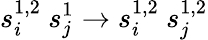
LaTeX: s_{i}^{1,2}\ s_{j}^{1}\to s_{i}^{1,2}\ s_{j}^{1,2}